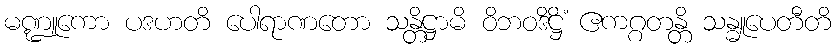
မဏ္ဍူကော ပဒဟတိ ပေါရာဏတော သန္တိဋ္ဌာမိ ဝိဘဝဒိဋ္ဌိံ ဧကဂ္ဂတန္တိ သန္ဓူပေတီတိ